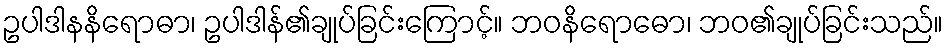
ဥပါဒါနနိရောဓာ၊ ဥပါဒါန်၏ချုပ်ခြင်းကြောင့်။ ဘဝနိရောဓော၊ ဘဝ၏ချုပ်ခြင်းသည်။